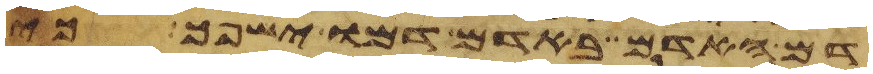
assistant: דם האדם באדם דמו ישפך כי